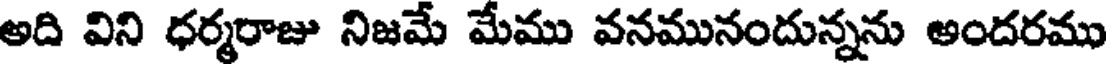
అది విని ధర్మరాజు నిజమే మేము వనమునందున్నను అందరము